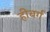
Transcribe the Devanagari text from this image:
हीबर्ग